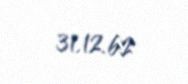
31.12.62